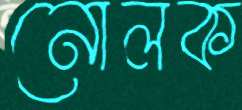
নোলক